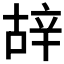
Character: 𨐒